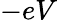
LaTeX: -eV